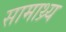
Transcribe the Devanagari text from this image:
सामाथ्र्य